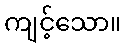
ကျင့်သော။